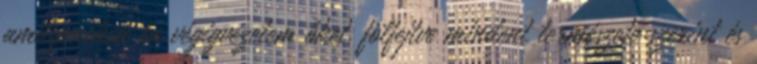
amilyeneken én végigvezetem őket, fölfejtve mindent természete szerint és